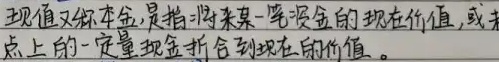
现值,又称本金,是指将未来某一笔资金的现在价值,或未来时点上的一定量现金折合到现在的价值。